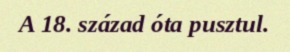
A 18. század óta pusztul.